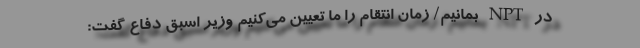
در NPT بمانیم/ زمان انتقام را ما تعیین می‌کنیم وزیر اسبق دفاع گفت: